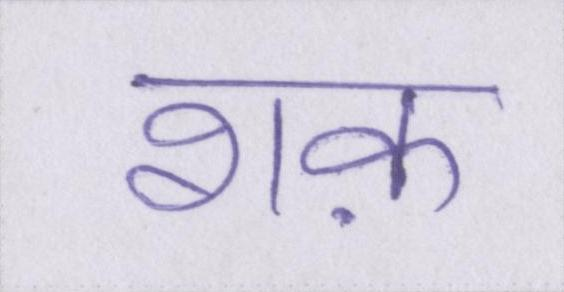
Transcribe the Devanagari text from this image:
शक़